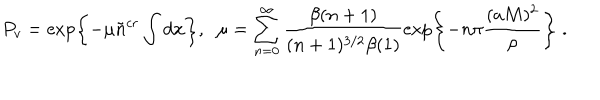
P _ { v } = \exp \left\{ - \mu \tilde { n } ^ { c r } \int d { \bf x } \right\} , \; \; \mu = \sum _ { n = 0 } ^ { \infty } \frac { \beta ( n + 1 ) } { ( n + 1 ) ^ { 3 / 2 } \beta ( 1 ) } \exp \left\{ - n \pi \frac { ( a M ) ^ { 2 } } \rho \right\} \; .